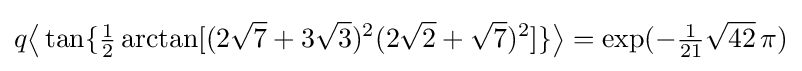
q{\bigl \langle }\tan\{{\tfrac {1}{2}}\arctan[(2{\sqrt {7}}+3{\sqrt {3}})^{2}(2{\sqrt {2}}+{\sqrt {7}})^{2}]\}{\bigr \rangle }=\exp(-{\tfrac {1}{21}}{\sqrt {42}}\,\pi )